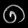
Digit: ၈